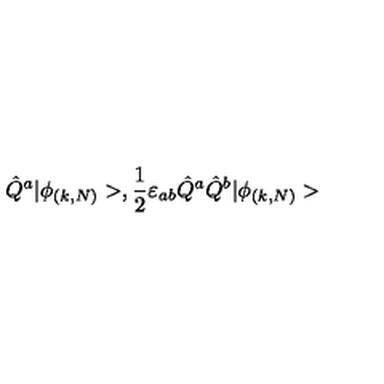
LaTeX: \hat { Q } ^ { a } | \phi _ { ( k , N ) } > , \frac { 1 } { 2 } \varepsilon _ { a b } \hat { Q } ^ { a } \hat { Q } ^ { b } | \phi _ { ( k , N ) } >